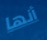
أنها